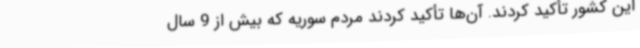
این کشور تأکید کردند. آن‌ها تأکید کردند مردم سوریه که بیش از 9 سال